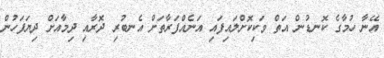
އޭނާ ހުމާގެ ކޮނޑުން އަތް ވަކިކޮށްލައިފައި އަނެއްފަރާތަށް އެނބުރި ދޮރާއި ދިމާއަށް ދިޔަފަހުން